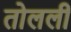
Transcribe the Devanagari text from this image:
तोलली